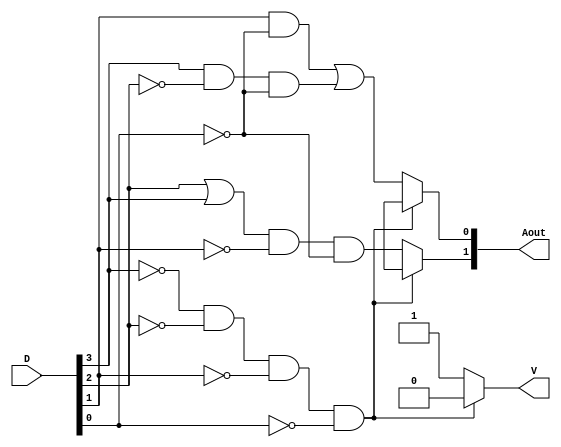
module Lab2_encoder_4bit_behavior (output reg [1:0] Aout, output reg V, input [3:0] D);
  always@(V or Aout[1] or Aout[0] or D[3] or D[2] or D[1] or D[0])
   begin
    if(D[3]==1'b0&&D[2]==1'b0&&D[1]==1'b0&&D[0]==1'b0) begin
     Aout[1] = 1'bx;
     Aout[0] = 1'bx;
     V = 1'b0;
     end
    else begin
     V = 1'b1;
     Aout[1] = (D[2]||D[3])&&(!D[1])&&(!D[0]);
     Aout[0] = D[1]&&(!D[0])||D[3]&&(!D[2])&&(!D[0]);
     end
    end
endmodule